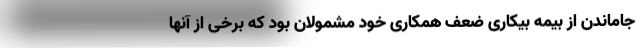
جاماندن از بیمه بیکاری ضعف همکاری خود مشمولان بود که برخی از آنها